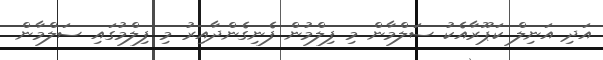
އަދި އަނިލް ކަޕޫރާއެކު ސަލްމާން މި ފިލްމުން ފެނިގެންދާއިރު މި ފިލްމުގައި ސަލްމާން